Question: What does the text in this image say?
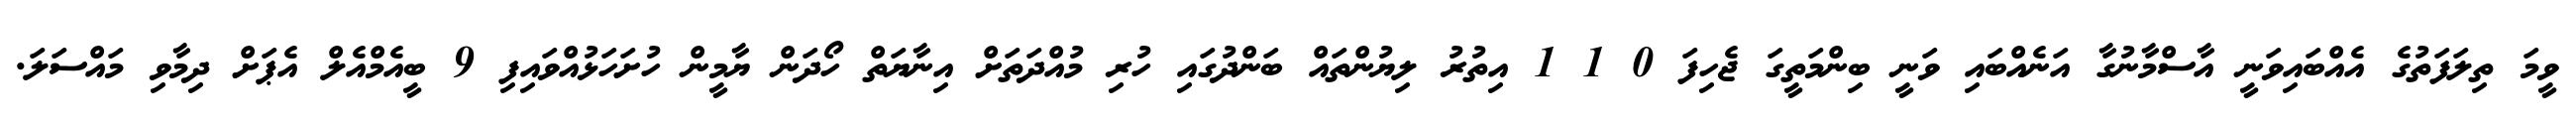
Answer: ވީމަ ތިލަފަތުގެ އެއްބައިވަނީ އާސްމާނުގާ އަނެއްބައި ވަނީ ބިންމަތީގަ ޖެހިފަ 0 1 1 އިތުރު ލިޔުންތައް ބަންދުގައި ހުރި މުއްދަތަށް އިނާޔަތް ހޯދަން ޔާމީން ހުށަހަޅުއްވައިފި 9 ބީއެމްއެލް އެޕަށް ދިމާވި މައްސަލަ.